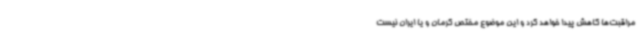
مراقبت‌ها کاهش پیدا خواهد کرد و این موضوع مختص کرمان و یا ایران نیست